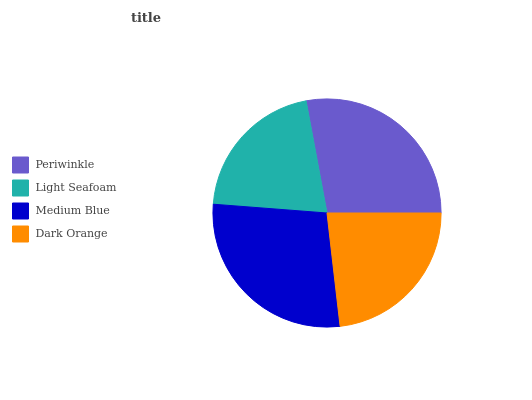
| Periwinkle | Light Seafoam | Medium Blue | Dark Orange |
 | --- | --- | --- | --- |
 | 27.9% | 20.9% | 28% | 23.2% |